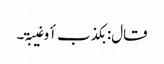
قال: بکذب أو غیبۃ۔